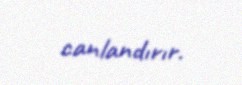
canlandırır.